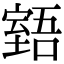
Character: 𦥉